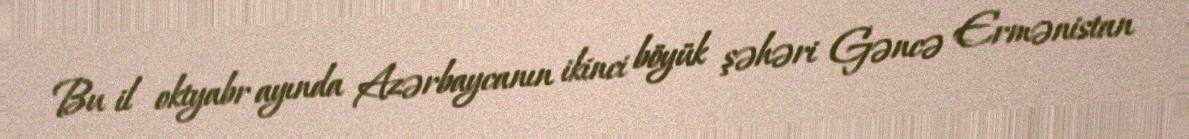
Bu il oktyabr ayında Azərbaycanın ikinci böyük şəhəri Gəncə Ermənistan